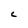
Character: C